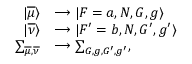
\begin{array} { r l } { | \overline { { \mu } } \rangle } & { \longrightarrow | F = a , N , G , g \rangle } \\ { | \overline { { \nu } } \rangle } & { \longrightarrow | F ^ { \prime } = b , N , G ^ { \prime } , g ^ { \prime } \rangle } \\ { \sum _ { \overline { { \mu } } , \overline { { \nu } } } } & { \longrightarrow \sum _ { G , g , G ^ { \prime } , g ^ { \prime } } , } \end{array}